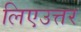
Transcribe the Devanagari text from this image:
लिएउत्तर